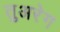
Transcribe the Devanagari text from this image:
तुअरेग